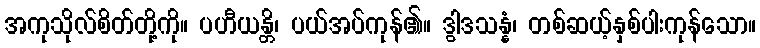
အကုသိုလ်စိတ်တို့ကို။ ပဟီယန္တိ၊ ပယ်အပ်ကုန်၏။ ဒွါဒသန္နံ၊ တစ်ဆယ့်နှစ်ပါးကုန်သော။